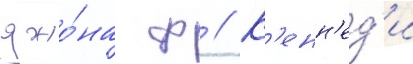
джо́на ф // К'енн'ед'и